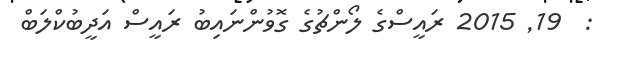
:  19